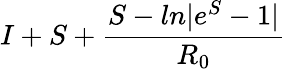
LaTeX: I+S+\frac{S-ln|e^{S}-1|}{R_{0}}